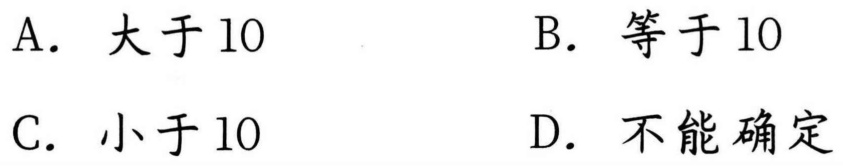
A. 大于10
B. 等于10
C. 小于10
D. 不能确定